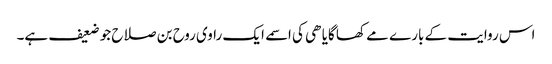
اس روایت کے بارے مے کھا گایا ھی کی اسمے ایک راوی روح بن صلاح جو ضعیف ہے۔